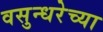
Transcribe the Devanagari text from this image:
वसुन्धरेच्या